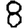
Digit: 8